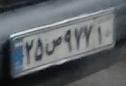
۲۵ص۹۷۷۱۰